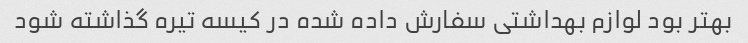
بهتر بود لوازم بهداشتی سفارش داده شده در کیسه تیره گذاشته شود